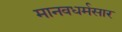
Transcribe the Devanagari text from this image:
मानवधर्मसार